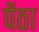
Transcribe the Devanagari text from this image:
पेंठा